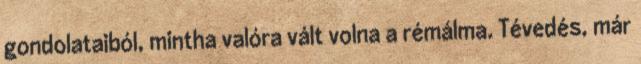
gondolataiból, mintha valóra vált volna a rémálma. Tévedés, már